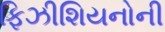
ફિઝીશિયનોની